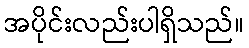
အပိုင်းလည်းပါရှိသည်။